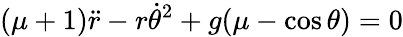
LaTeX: (\mu+1){\ddot{r}}-r{\dot{\theta}}^{2}+g(\mu-\cos{\theta})=0